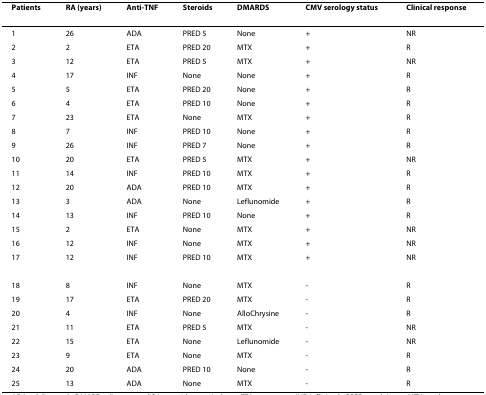
| Patients | RA (years) | Anti-TNF | Steroids | DMARDS | CMV serology status | Clinical response |
 | --- | --- | --- | --- | --- | --- | --- |
 | 1 | 26 | ADA | PRED 5 | None | + | NR |
 | 2 | 2 | ETA | PRED 20 | MTX | + | R |
 | 3 | 12 | ETA | PRED 5 | MTX | + | NR |
 | 4 | 17 | INF | None | None | + | R |
 | 5 | 5 | ETA | PRED 20 | None | + | R |
 | 6 | 4 | ETA | PRED 10 | None | + | R |
 | 7 | 23 | ETA | None | MTX | + | R |
 | 8 | 7 | INF | PRED 10 | None | + | R |
 | 9 | 26 | INF | PRED 7 | None | + | R |
 | 10 | 20 | ETA | PRED 5 | MTX | + | NR |
 | 11 | 14 | INF | PRED 10 | MTX | + | R |
 | 12 | 20 | ADA | PRED 10 | MTX | + | R |
 | 13 | 3 | ADA | None | Leflunomide | + | R |
 | 14 | 13 | INF | PRED 10 | None | + | R |
 | 15 | 2 | ETA | None | MTX | + | NR |
 | 16 | 12 | INF | None | MTX | + | NR |
 | 17 | 12 | INF | PRED 10 | MTX | + | NR |
 | 18 | 8 | INF | None | MTX | - | R |
 | 19 | 17 | ETA | PRED 20 | MTX | - | R |
 | 20 | 4 | INF | None | AlloChrysine | - | R |
 | 21 | 11 | ETA | PRED 5 | MTX | - | NR |
 | 22 | 15 | ETA | None | Leflunomide | - | NR |
 | 23 | 9 | ETA | None | MTX | - | R |
 | 24 | 20 | ADA | PRED 10 | None | - | R |
 | 25 | 13 | ADA | None | MTX | - | R |